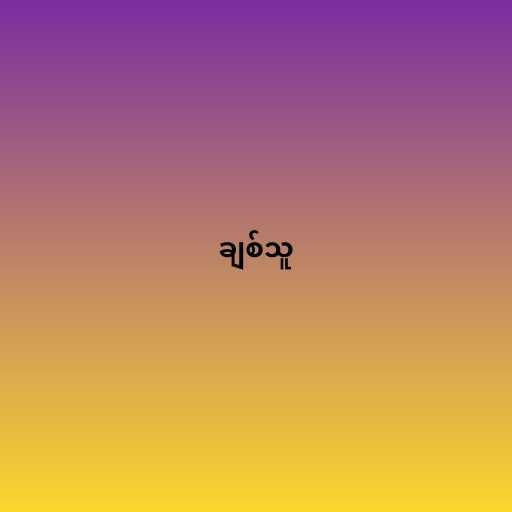
ချစ်သူ